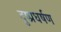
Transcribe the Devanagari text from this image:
दुष्प्रधर्षण